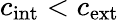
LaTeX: c_{\mathrm{int}}<c_{\mathrm{ext}}